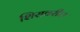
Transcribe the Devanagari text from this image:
शिरावरील